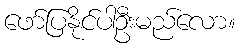
ဖော်ပြနိုင်ပါဦးမည်လော။